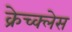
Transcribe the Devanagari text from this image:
क्रेच्क्लेस